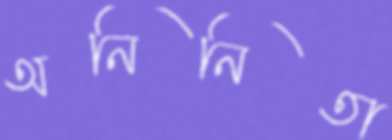
অনিনিতা